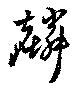
麟